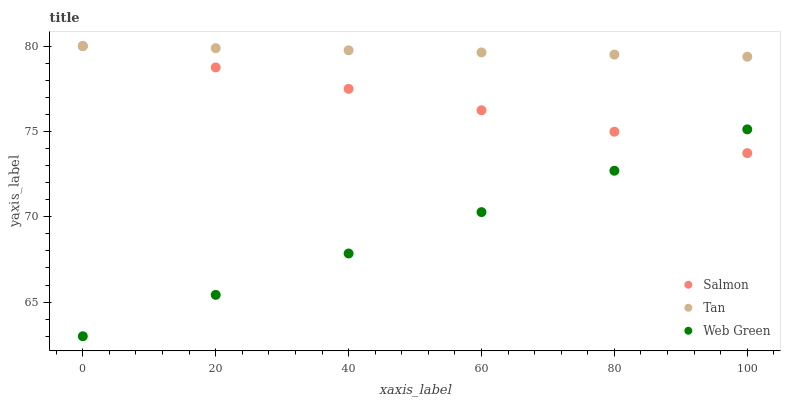
| xaxis_label | Salmon | Tan | Web Green |
 | --- | --- | --- | --- |
 | 0 | 80 | 80 | 63 |
 | 20 | 78.7 | 79.9 | 65.4 |
 | 40 | 77.5 | 79.7 | 67.8 |
 | 60 | 76.2 | 79.6 | 70.3 |
 | 80 | 75 | 79.5 | 72.7 |
 | 100 | 73.7 | 79.4 | 75.1 |